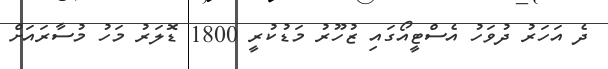
ދެ އަހަރު ދުވަހު އެސްޓީއޯގައި ޒުހޫރު މަޑުކުރީ 1800 ޑޮލަރު މަހު މުސާރައަށް